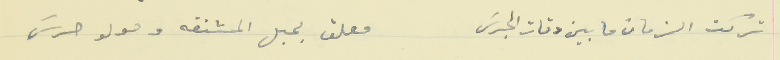
تركت الزمان ما بين دقات الجرسَ                      معلق بحبل المشنقه وحولو حرسَ